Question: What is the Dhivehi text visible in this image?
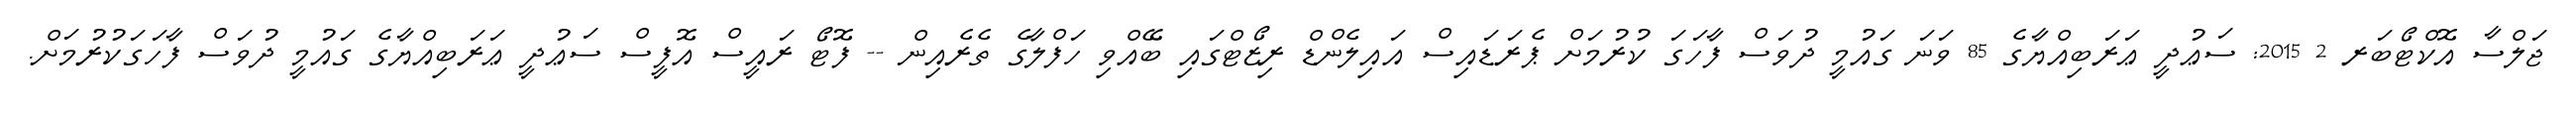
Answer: ޖަލްސާ އޮކްޓޯބަރ 2 2015: ސަޢުދީ ޢަރަބިއްޔާގެ 85 ވަނަ ގައުމީ ދުވަސް ފާހަގަ ކުރުމަށް ޕެރަޑައިސް އައިލެންޑް ރިޒޯޓްގައި ބޭއްވި ހަފްލާގެ ތެރެއިން -- ފޮޓޯ ރައީސް އޮފީސް ސަޢުދީ ޢަރަބިއްޔާގެ ގައުމީ ދުވަސް ފާހަގަކުރުމަށް.